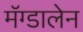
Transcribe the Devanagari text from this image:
मॅग्डालेन